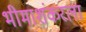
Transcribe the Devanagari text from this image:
भीमाशंकरला